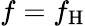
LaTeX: f=f_{\mathrm{H}}